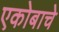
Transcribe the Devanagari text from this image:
एकोबाचे